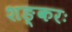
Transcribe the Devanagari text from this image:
शङ्करः